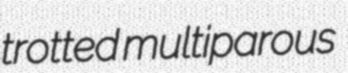
trotted multiparous